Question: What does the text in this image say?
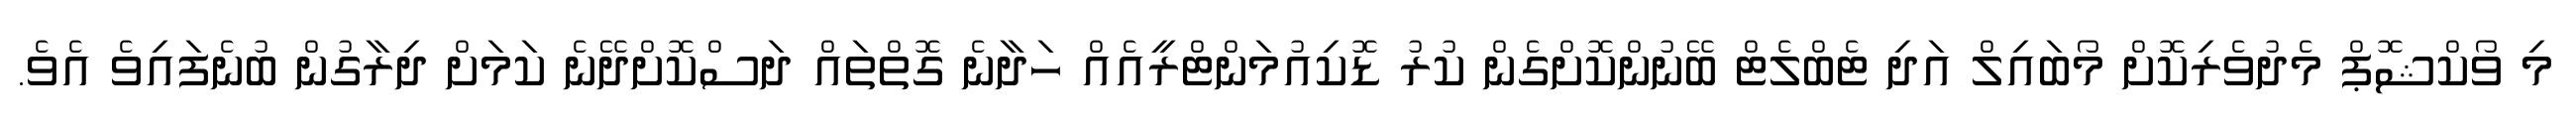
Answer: މި ވޯކްޝޮޕް މެދުވެރިކޮށް މޯބައިލް އަދި ޓެބްލެޓް ބޭނުންކޮށްގެން ކުރު ޑޮކިއުމަންޓްރީއެއް ހަދާނެ ގޮތްތައް ދަސްކޮށްދޭނެ ކަމަށް ދިރާގުން ބުނެފައިވެ އެވެ.